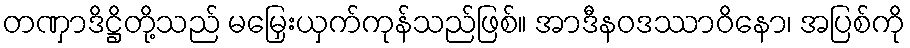
တဏှာဒိဋ္ဌိတို့သည် မမြှေးယှက်ကုန်သည်ဖြစ်။ အာဒီနဝဒဿာဝိနော၊ အပြစ်ကို